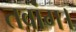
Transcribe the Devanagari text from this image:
तवांग।